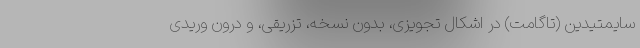
سایمتیدین (تاگامت) در اشکال تجویزی، بدون نسخه، تزریقی، و درون وریدی